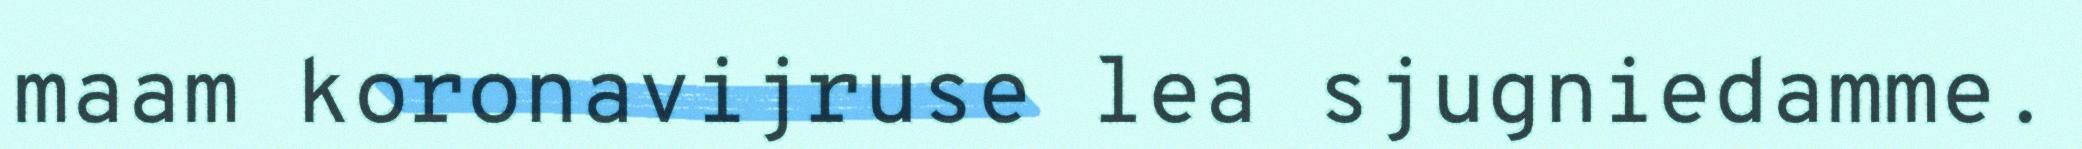
maam koronavijruse lea sjugniedamme.